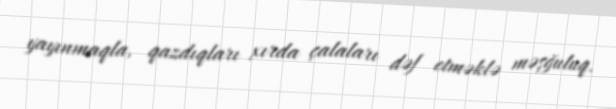
yayınmaqla, qazdıqları xırda çalaları dəf etməklə məşğuluq.